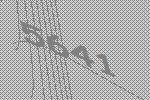
5641